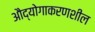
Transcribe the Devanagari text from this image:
औद्योगाकरणशील